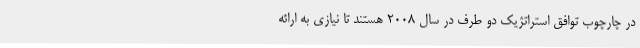
در چارچوب توافق استراتژیک دو طرف در سال ۲۰۰۸ هستند تا نیازی به ارائه